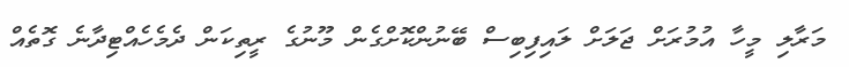
މަރާލި މީހާ އުމުރަށް ޖަލަށް ލައިފިބިސް ބޭނުންކޮށްގެން މޫނުގެ ރީތިކަން ދެމެހެއްޓިދާނެ ގޮތެއް